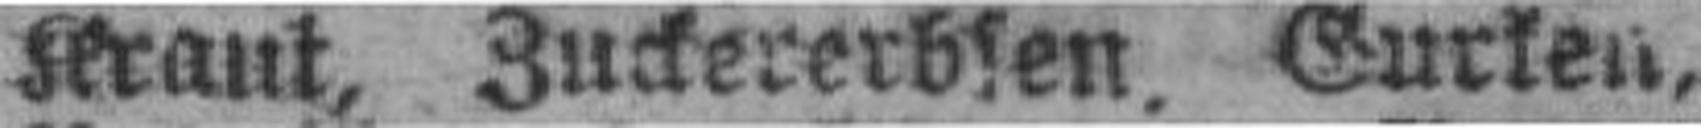
Kraut, Zuckererbsen. Gurken,